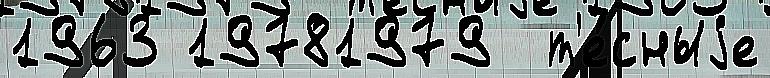
1963 19781979  т'е́сныjе